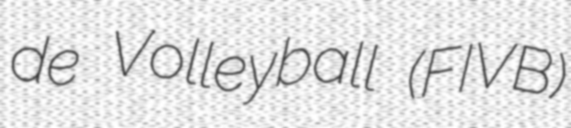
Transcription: de Volleyball (FIVB)